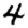
Digit: 4